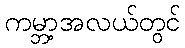
ကမ္ဘာ့အလယ်တွင်